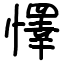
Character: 懌